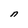
Character: n